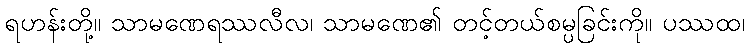
ရဟန်းတို့။ သာမဏေရဿလီလ၊ သာမဏေ၏ တင့်တယ်စမ္ပခြင်းကို။ ပဿထ၊